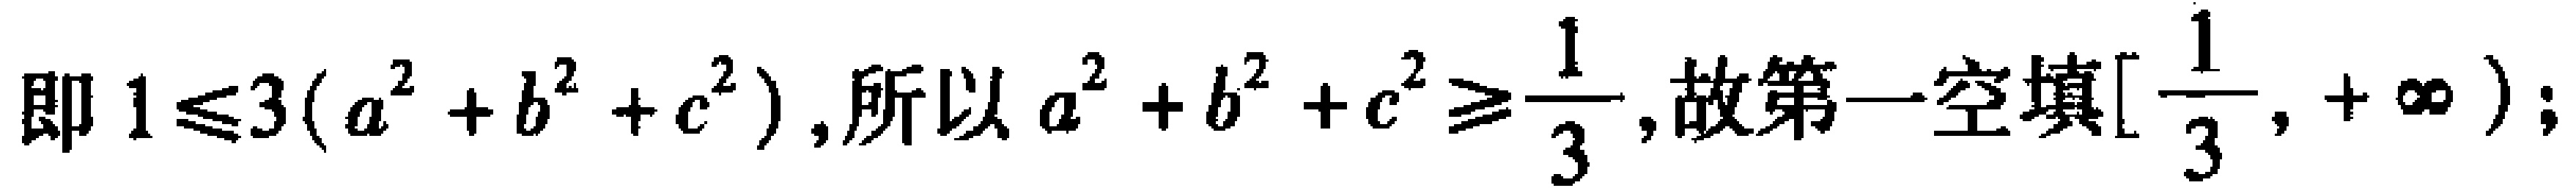
即 \(1\leqslant3(a^{2}+b^{2}+c^{2})\),所以 \(a^{2}+b^{2}+c^{2}\geqslant\frac{1}{3}\),故第一空填\([\frac{1}{3},+\infty)\);